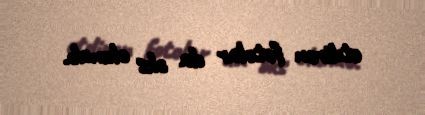
etdirən fotolar da əks olunub.